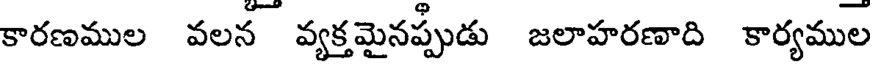
కారణముల వలన వ్యక్తమైనప్పుడు జలాహరణాది కార్యముల